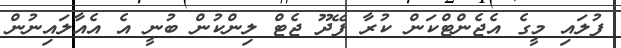
ފުލައި މީގެ އެޖެންޓްކަން ކުރާ ފޭދޫ ޖެޓް ލިންކުން ބުނީ އެ އެއާލައިނުން